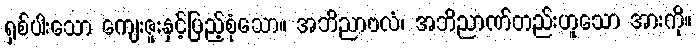
ရှစ်ပါးသော ကျေးဇူးနှင့်ပြည့်စုံသော။ အဘိညာဗလံ၊ အဘိညာဏ်တည်းဟူသော အားကို။